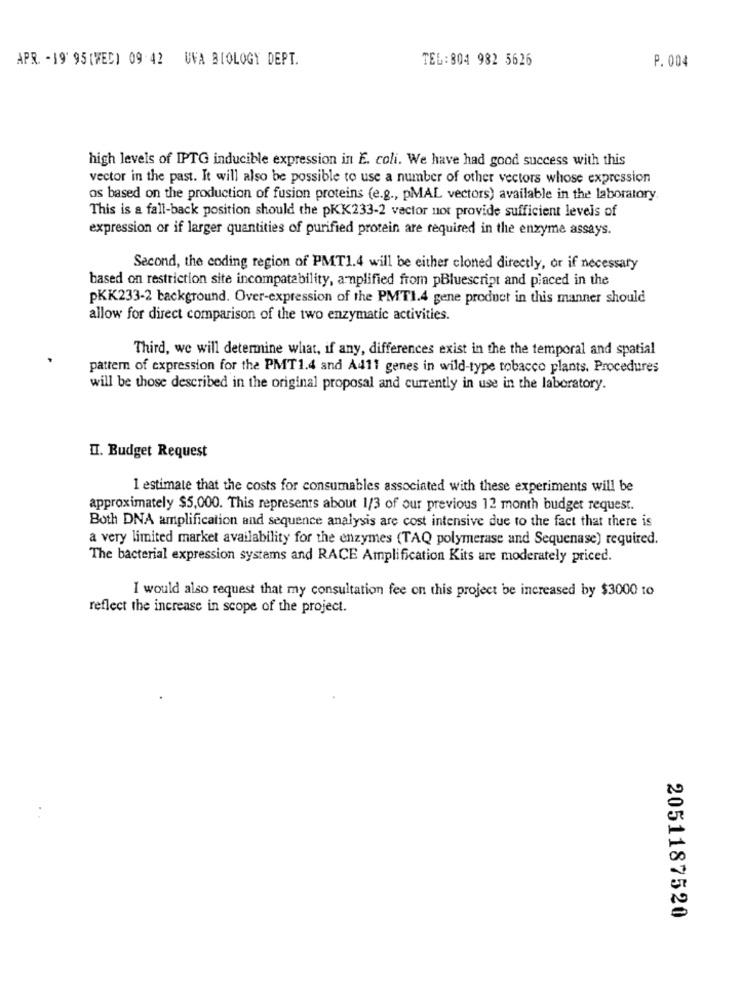
APR. - 19' 95 (WEC) 09 42 UVA BIOLOGY DEPT.
TEL:804 982 5626
P. 004
high levels of IPTG inducible expression in E. coli. We have had good success with this
vector in the past. It will also be possible to use a number of other vectors whose expression
os based on the production of fusion proteins (e.g ., pMAL vectors) available in the laboratory.
This is a fall-back position should the pKK233-2 vector not provide sufficient levels of
expression or if larger quantities of purified protein are required in the enzyme assays.
Second, the coding region of PMT1.4 will be either cloned directly, or if necessary
based on restriction site incompatability, amplified from pBluescript and placed in the
PKK233-2 background. Over-expression of the PMTI.4 gene product in this manner should
allow for direct comparison of the two enzymatic activities.
Third, we will determine what, if any, differences exist in the the temporal and spatial
pattern of expression for the PMT1.4 and Ad11 genes in wild-type tobacco plants. Procedures
will be those described in the original proposal and currently in use in the laboratory.
I. Budget Request
1 estimate that the costs for consumables associated with these experiments will be
approximately $5,000. This represents about 1/3 of our previous 12 month budget request.
Both DNA amplification and sequence analysis are cost intensive due to the fact that there is
a very limited market availability for the enzymes (TAQ polymerase and Sequenase) required.
The bacterial expression systems and RACE Amplification Kits are moderately priced.
I would also request that my consultation fee on this project be increased by $3000 10
reflect the increase in scope of the project.
2051187520